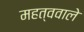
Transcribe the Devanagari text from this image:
महत्ववाले